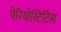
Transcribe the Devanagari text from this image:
पेरियोस्टिटिस